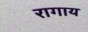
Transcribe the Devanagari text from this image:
रागाय